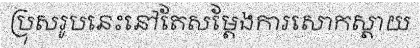
ប្រុសរូបនេះនៅតែសម្តែងការសោកស្តាយ